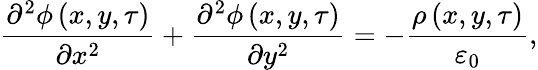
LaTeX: \frac{\partial^{2}\phi\left(x,y,\tau\right)}{\partial x^{2}}+\frac{\partial^{2}\phi\left(x,y,\tau\right)}{\partial y^{2}}=-\frac{\rho\left(x,y,\tau\right)}{\varepsilon_{0}},